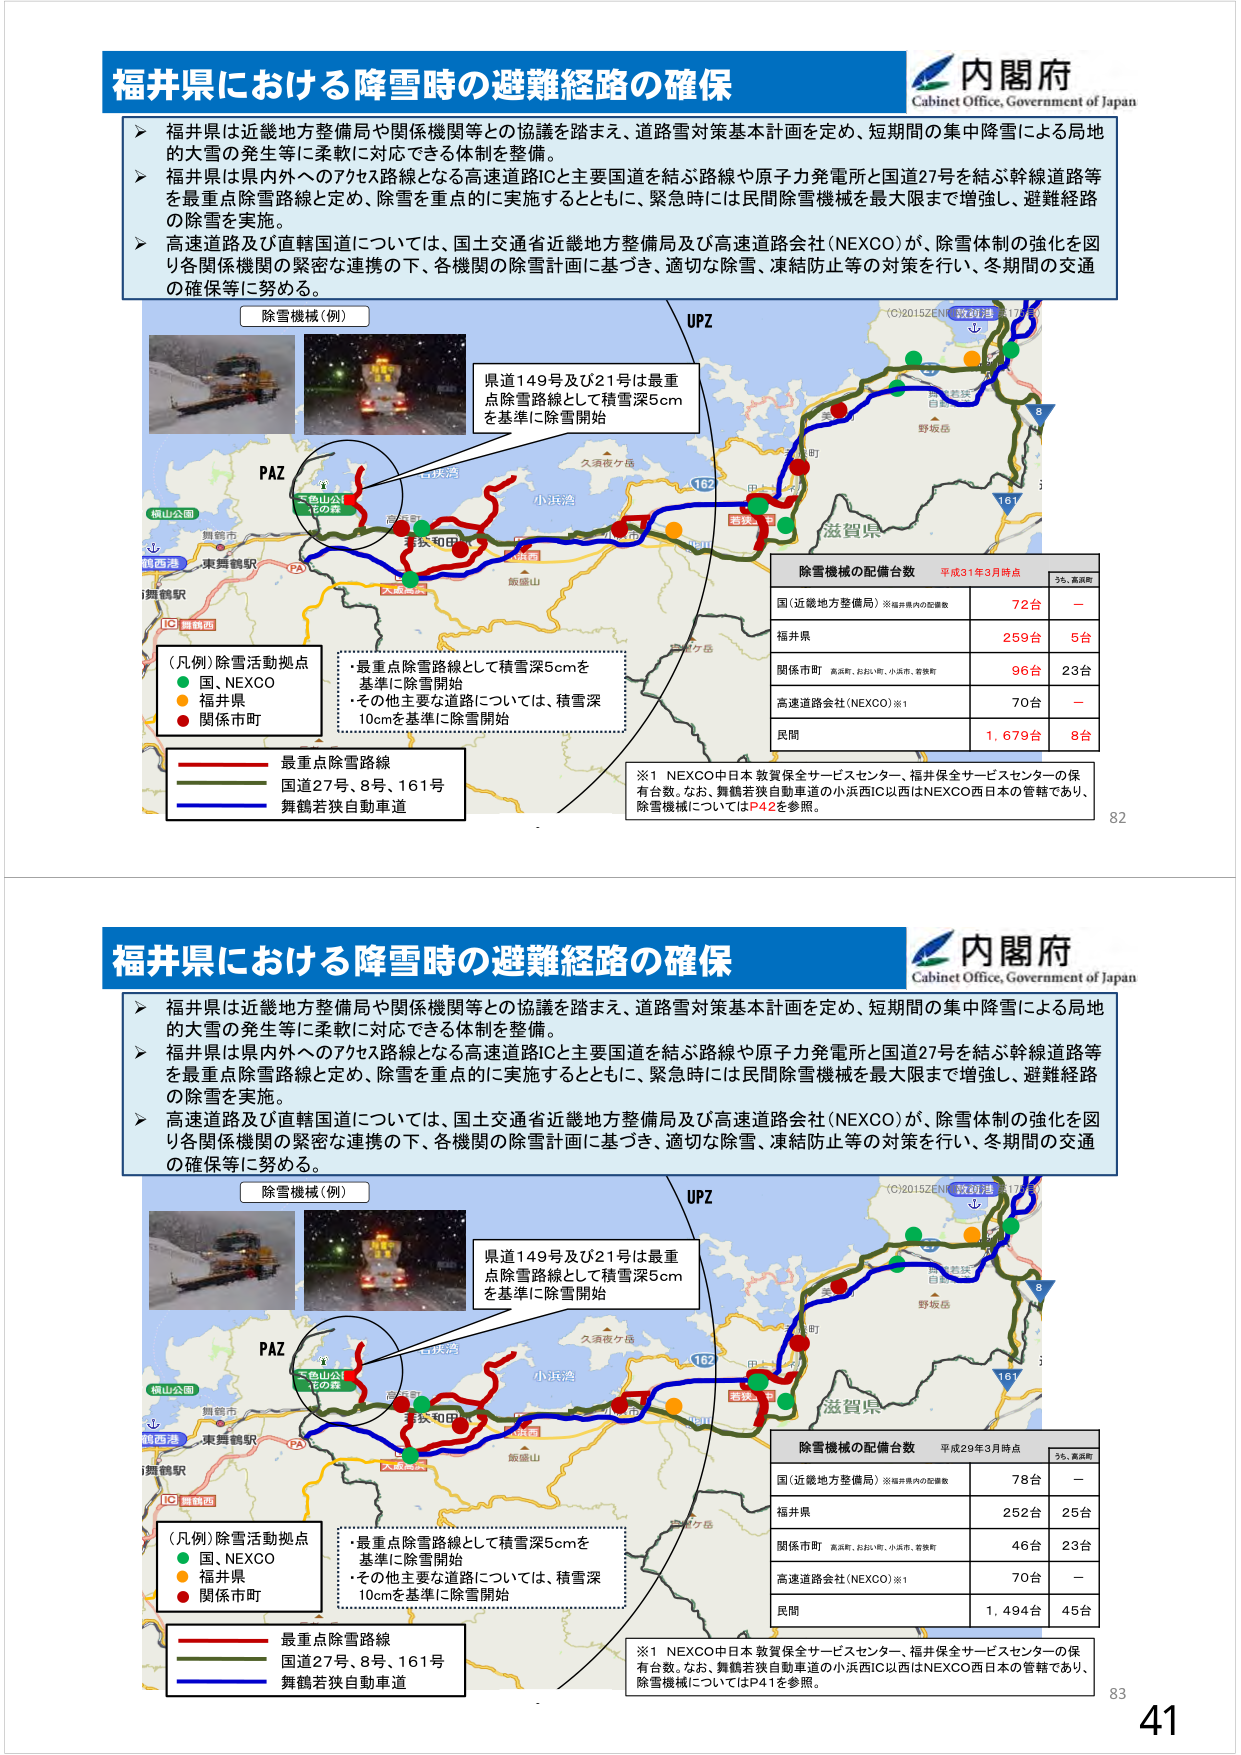
福井県における降雪時の避難経路の確保
内閣府
Cabinet Office, Government of Japan
福井県は近畿地方整備局や関係機関等との協議を踏まえ、道路雪対策基本計画を定め、短期間の集中降雪による局地
的大雪の発生等に柔軟に対応できる体制を整備。
福井県は県内外へのアクセス路線となる高速道路ICと主要国道を結ぶ路線や原子力発電所と国道27号を結ぶ幹線道路等
を最重点除雪路線と定め、除雪を重点的に実施するとともに、緊急時には民間除雪機械を最大限まで増強し、避難経路
の除雪を実施。
高速道路及び直轄国道については、国土交通省近畿地方整備局及び高速道路会社（NEXCO）が、除雪体制の強化を図
り各関係機関の緊密な連携の下、各機関の除雪計画に基づき、適切な除雪、凍結防止等の対策を行い、冬期間の交通
の確保等に努める。
除雪機械（例）
UPZ
県道149号及び21号は最重
点除雪路線として積雪深5cm
を基準に除雪開始
PAZ
（凡例）除雪活動拠点
国、NEXCO
福井県
関係市町
・最重点除雪路線として積雪深5cmを
基準に除雪開始
・その他主要な道路については、積雪深
10cmを基準に除雪開始
最重点除雪路線
国道27号、8号、161号
舞鶴若狭自動車道
除雪機械の配備台数 平成31年3月時点
うち、高浜町
国（近畿地方整備局）※福井県内の配備数
72台 －
福井県
259台 5台
関係市町 高浜町、おおい町、小浜市、若狭町
96台 23台
高速道路会社（NEXCO）※1
70台 －
民間
1,679台 8台
※1 NEXCO中日本敦賀保全サービスセンター、福井保全サービスセンターの保
有台数。なお、舞鶴若狭自動車道の小浜西IC以西はNEXCO西日本の管轄であり、
除雪機械についてはP42を参照。
82
福井県における降雪時の避難経路の確保
内閣府
Cabinet Office, Government of Japan
福井県は近畿地方整備局や関係機関等との協議を踏まえ、道路雪対策基本計画を定め、短期間の集中降雪による局地
的大雪の発生等に柔軟に対応できる体制を整備。
福井県は県内外へのアクセス路線となる高速道路ICと主要国道を結ぶ路線や原子力発電所と国道27号を結ぶ幹線道路等
を最重点除雪路線と定め、除雪を重点的に実施するとともに、緊急時には民間除雪機械を最大限まで増強し、避難経路
の除雪を実施。
高速道路及び直轄国道については、国土交通省近畿地方整備局及び高速道路会社（NEXCO）が、除雪体制の強化を図
り各関係機関の緊密な連携の下、各機関の除雪計画に基づき、適切な除雪、凍結防止等の対策を行い、冬期間の交通
の確保等に努める。
除雪機械（例）
UPZ
県道149号及び21号は最重
点除雪路線として積雪深5cm
を基準に除雪開始
PAZ
（凡例）除雪活動拠点
国、NEXCO
福井県
関係市町
・最重点除雪路線として積雪深5cmを
基準に除雪開始
・その他主要な道路については、積雪深
10cmを基準に除雪開始
最重点除雪路線
国道27号、8号、161号
舞鶴若狭自動車道
除雪機械の配備台数 平成29年3月時点
うち、高浜町
国（近畿地方整備局）※福井県内の配備数
78台 －
福井県
252台 25台
関係市町 高浜町、おおい町、小浜市、若狭町
46台 23台
高速道路会社（NEXCO）※1
70台 －
民間
1,494台 45台
※1 NEXCO中日本敦賀保全サービスセンター、福井保全サービスセンターの保
有台数。なお、舞鶴若狭自動車道の小浜西IC以西はNEXCO西日本の管轄であり、
除雪機械についてはP41を参照。
83
41